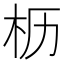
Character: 枥